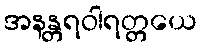
အနန္တရဝါရတ္တယေ